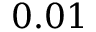
0 . 0 1